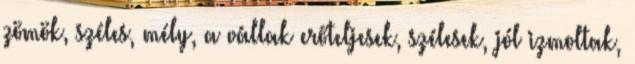
zömök, széles, mély, a vállak erőteljesek, szélesek, jól izmoltak,